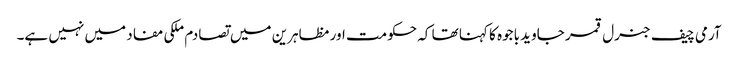
آرمی چیف جنرل قمر جاوید باجوہ کا کہنا تھا کہ حکومت اور مظاہرین میں تصادم ملکی مفاد میں نہیں ہے۔